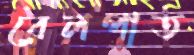
রেলপাত